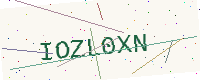
Text: IOZL0XN